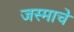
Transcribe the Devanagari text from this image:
जस्माचे